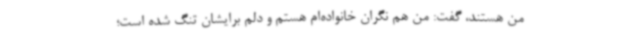
من هستند، گفت: من هم نگران خانواده‌ام هستم و دلم برایشان تنگ شده است؛